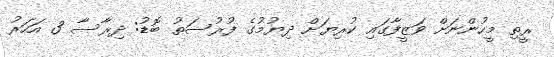
ރީތި މީހުންނަށް ވަޒީފާގައި ކުރިޔަށް ދިޔުމުގެ ފުރުސަތު ބޮޑު: ދިރާސާ 3 އަހަރު